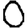
Digit: 0